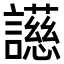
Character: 𬣐